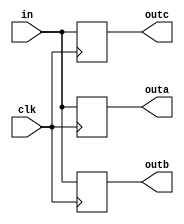
module Test_63 (
   outa, outb, outc,
   clk, in
   );
   input clk;
   input [15:0]      in;
   output reg [15:0] outa;
   output reg [15:0] outb;
   output reg [15:0] outc;
   parameter WIDTH = 0;
   always @(posedge clk) begin
      outa <= {in};
      outb <= {{WIDTH{1'b0}}, in};
      outc <= {in, {WIDTH{1'b0}}};
   end
endmodule